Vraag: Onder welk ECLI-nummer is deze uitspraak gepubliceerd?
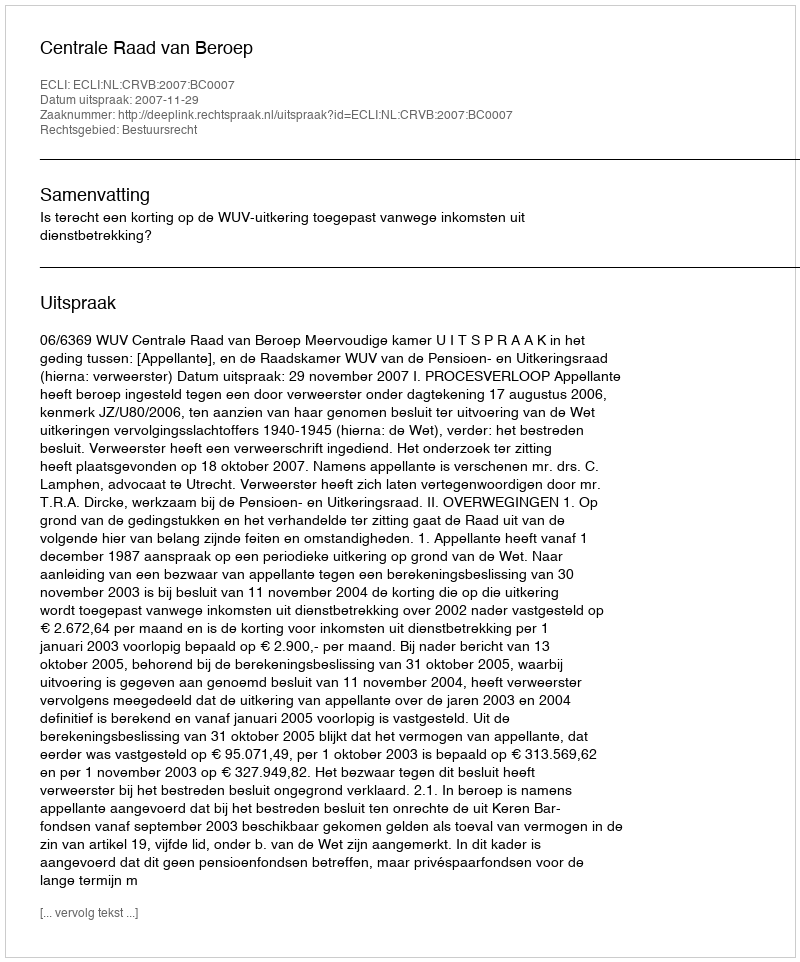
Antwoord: ECLI:NL:CRVB:2007:BC0007